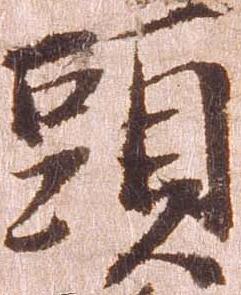
頭